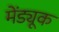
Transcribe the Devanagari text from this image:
मेंड्यूक